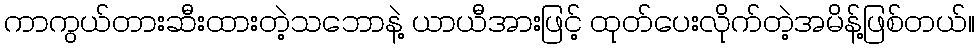
ကာကွယ်တားဆီးထားတဲ့သဘောနဲ့ ယာယီအားဖြင့် ထုတ်ပေးလိုက်တဲ့အမိန့်ဖြစ်တယ်။